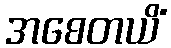
အစေတယိံ